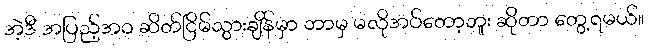
အဲ့ဒီ အပြည့်အဝ ဆိတ်ငြိမ်သွားချိန်မှာ ဘာမှ မလိုအပ်တော့ဘူး ဆိုတာ တွေ့ရမယ်။